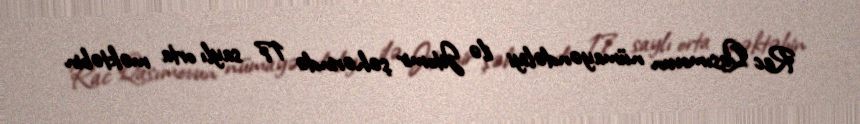
Rac Qasımovun nümayəndəliyi ilə Jitomir şəhərində 17 saylı orta məktəbin